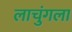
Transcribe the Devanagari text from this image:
लाचुंगला